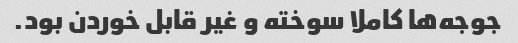
جوجه‌ها کاملا سوخته و غیر قابل خوردن بود.